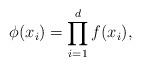
LaTeX: \begin{align*}\phi(x_i)=\prod_{i=1}^d f(x_i),\end{align*}